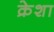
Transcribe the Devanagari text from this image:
क्रेशा